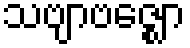
သဗျာဗဇ္ဈော